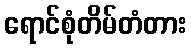
ရောင်စုံတိမ်တံတား